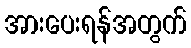
အားပေးရန်အတွက်